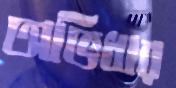
অভিধার